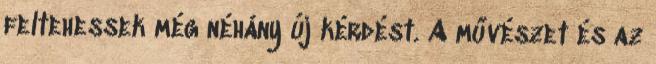
feltehessek még néhány új kérdést. A művé­szet és az